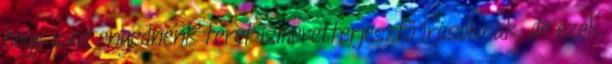
hogy a ne engednénk teret ismeretterjesztő írásoknak, de ezek